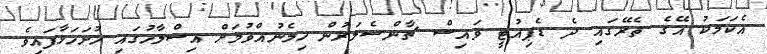
އެކަމަކު އޭގެ ތެރޭގައި ދެ ޑެޕިއުޓީ ވައިސް ޗާންސެލަރުން ހިމެނުއްވުމަށް އިސްލާހުގައި ހުށަހަޅާފައިވެ